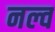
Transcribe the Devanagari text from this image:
नल्व